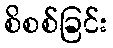
စိစစ်ခြင်း